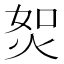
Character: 𤈟